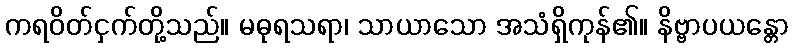
ကရဝိတ်ငှက်တို့သည်။ မဓုရသရာ၊ သာယာသော အသံရှိကုန်၏။ နိဗ္ဗာပယန္တော